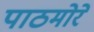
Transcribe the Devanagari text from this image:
पाठमोरे